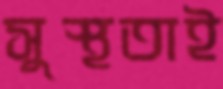
সুস্থতাই